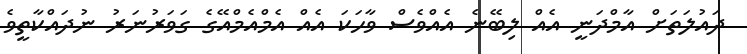
ދައުލަތަށް އާމްދަނީ އެއް ލިބޭނެ އެއްވެސް ވާހަކަ އެއް އެމްއެމްއޭގެ ގަވަރުނަރު ނުދައްކާތީވެ